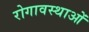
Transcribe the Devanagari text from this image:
रोगावस्थाओं